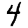
Digit: 4